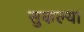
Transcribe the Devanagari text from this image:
सुकल्या